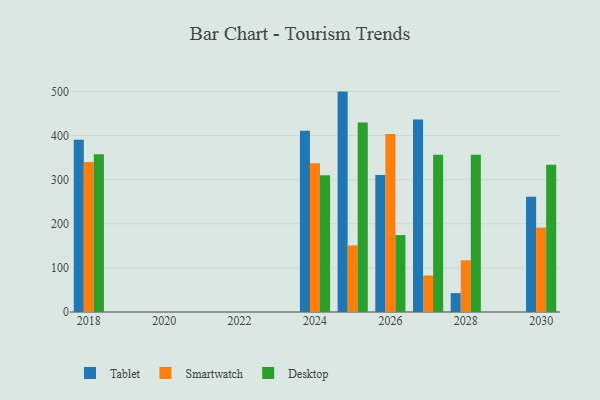
{"axis": {"x": "Year", "y": "Population (Million)"}, "legend": ["Desktop", "Smartwatch", "Tablet"], "data": [{"x": "2030", "y": 261.3, "type": "Tablet"}, {"x": "2030", "y": 191.5, "type": "Smartwatch"}, {"x": "2030", "y": 333.7, "type": "Desktop"}, {"x": "2018", "y": 390.8, "type": "Tablet"}, {"x": "2018", "y": 340.1, "type": "Smartwatch"}, {"x": "2018", "y": 357.6, "type": "Desktop"}, {"x": "2026", "y": 310.6, "type": "Tablet"}, {"x": "2026", "y": 403.7, "type": "Smartwatch"}, {"x": "2026", "y": 174.4, "type": "Desktop"}, {"x": "2024", "y": 410.8, "type": "Tablet"}, {"x": "2024", "y": 337.0, "type": "Smartwatch"}, {"x": "2024", "y": 310.0, "type": "Desktop"}, {"x": "2028", "y": 42.8, "type": "Tablet"}, {"x": "2028", "y": 117.3, "type": "Smartwatch"}, {"x": "2028", "y": 356.4, "type": "Desktop"}, {"x": "2025", "y": 499.7, "type": "Tablet"}, {"x": "2025", "y": 151.0, "type": "Smartwatch"}, {"x": "2025", "y": 429.8, "type": "Desktop"}, {"x": "2027", "y": 436.6, "type": "Tablet"}, {"x": "2027", "y": 82.9, "type": "Smartwatch"}, {"x": "2027", "y": 356.5, "type": "Desktop"}]}